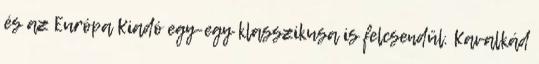
és az Európa Kiadó egy-egy klasszikusa is felcsendül. Kavalkád